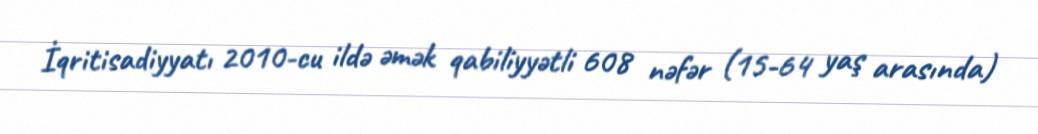
İqritisadiyyatı 2010-cu ildə əmək qabiliyyətli 608 nəfər (15-64 yaş arasında)